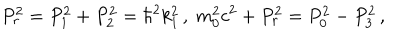
LaTeX: P _ { r } ^ { 2 } = P _ { 1 } ^ { 2 } + P _ { 2 } ^ { 2 } = \hbar ^ { 2 } k _ { 1 } ^ { 2 } \, , \; m _ { 0 } ^ { 2 } c ^ { 2 } + P _ { r } ^ { 2 } = P _ { 0 } ^ { 2 } - P _ { 3 } ^ { 2 } \, ,